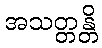
အသတ္တန္တိ